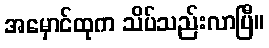
အမှောင်ထုက သိပ်သည်းလာပြီ။